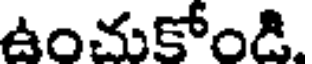
ఉంచుకోండి.